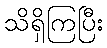
သိရှိကြပြီး